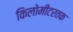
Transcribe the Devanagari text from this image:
किलोमीटरतक